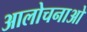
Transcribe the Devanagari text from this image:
आलोचनाओ